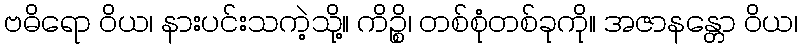
ဗဓိရော ဝိယ၊ နားပင်းသကဲ့သို့။ ကိဉ္စိ၊ တစ်စုံတစ်ခုကို။ အဇာနန္တော ဝိယ၊